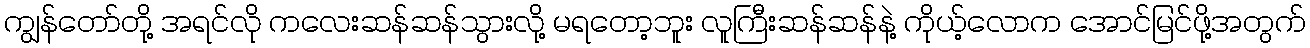
ကျွန်တော်တို့ အရင်လို ကလေးဆန်ဆန်သွားလို့ မရတော့ဘူး လူကြီးဆန်ဆန်နဲ့ ကိုယ့်လောက အောင်မြင်ဖို့အတွက်